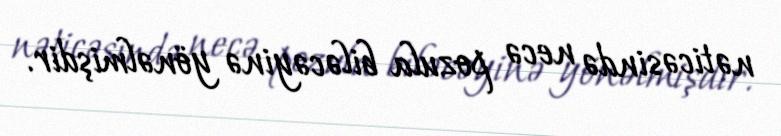
nəticəsində necə pozula biləcəyinə yönəlmişdir.